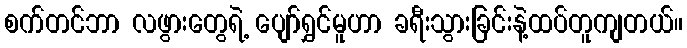
စက်တင်ဘာ လဖွားတွေရဲ့ ပျော်ရွှင်မူဟာ ခရီးသွားခြင်းနဲ့ထပ်တူကျတယ်။